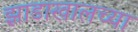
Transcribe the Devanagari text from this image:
झाडाखालच्या